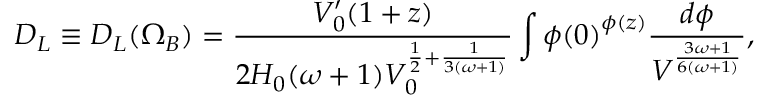
D _ { L } \equiv D _ { L } ( \Omega _ { B } ) = \frac { V _ { 0 } ^ { \prime } ( 1 + z ) } { 2 H _ { 0 } ( \omega + 1 ) V _ { 0 } ^ { \frac { 1 } { 2 } + \frac { 1 } { 3 ( \omega + 1 ) } } } \int { \phi ( 0 ) } ^ { \phi ( z ) } \frac { d \phi } { V ^ { \frac { 3 \omega + 1 } { 6 ( \omega + 1 ) } } } ,